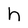
Character: h